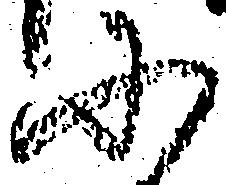
に